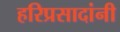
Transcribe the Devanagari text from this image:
हरिप्रसादांनी